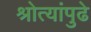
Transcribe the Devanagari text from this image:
श्रोत्यांपुढे